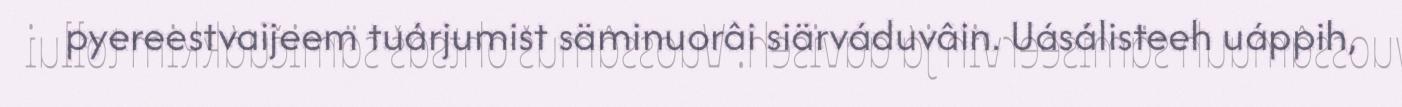
pyereestvaijeem tuárjumist säminuorâi siärváduvâin. Uásálisteeh uáppih,